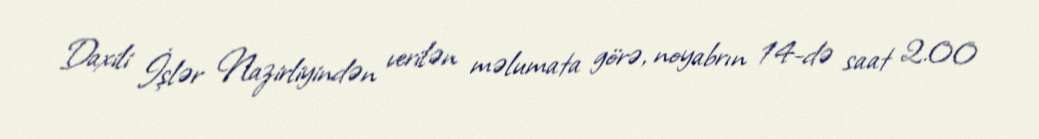
Daxili İşlər Nazirliyindən verilən məlumata görə, noyabrın 14-də saat 2.00